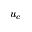
u _ { c }